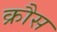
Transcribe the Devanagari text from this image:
क्रौस